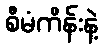
စီမံကိန်းနဲ့